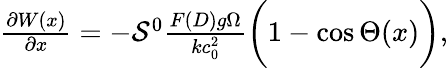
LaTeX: \begin{array}{r}{\frac{\partial W(x)}{\partial x}=-\mathcal{S}^{0}\frac{F(D)g\Omega}{kc_{0}^{2}}\bigg(1-\cos\Theta(x)\bigg),}\end{array}